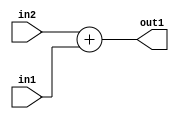
`timescale 1ps / 1ps
/*****************************************************************************
    Verilog RTL Description
    
    Generated at: 22:53:46 EST (-0500), Tuesday 17 November 2020
    Generated on: zhang-x1.ece.cornell.edu
    Generated by: jl3952 (Jie Liu)
    
    Created by: Stratus DpOpt 2017.1.02 
    Copyright (c) 2014-2015 Cadence Design Systems. All rights reserved worldwide.
    
    Cadence Design Systems proprietary and confidential
    ===================================================
    
    May contain information that incorporates Cadence Design Systems CellMath
    and other inventions claimed in Pending U.S. Patents.
    
    May contain Cadence Design Systems Trade Secrets of which use, disclosure or
    reproduction is contractually restricted or prohibited.  For more
    information, contact your legal department before any use, disclosure or
    reproduction.
*******************************************************************************/

module dut_Add_8Ux8U_9U_1 (
	in2,
	in1,
	out1
	); /* architecture "behavioural" */ 
input [7:0] in2,
	in1;
output [8:0] out1;
wire [8:0] asc001;

assign asc001 = 
	+(in2)
	+(in1);

assign out1 = asc001;
endmodule

/* CADENCE  urj2Qgw= : u9/ySgnYtBlWxVDRUQkU4ug= ** DO NOT EDIT THIS LINE ******/